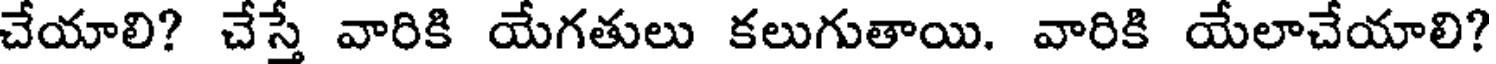
చేయాలి? చేస్తే వారికి యేగతులు కలుగుతాయి. వారికి యేలాచేయాలి?